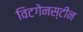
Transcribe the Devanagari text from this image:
विटगेनस्टीन